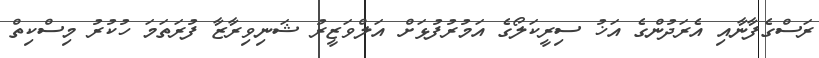
ރަސްގެފާނާއި އެރަދުންގެ އަޚު ސިރީކަލޯގެ އަމުރުފުޅަށް އަލްވަޒީރު ޝަނިވިރާޒާ ފުރަތަމަ ހުކުރު މިސްކިތް